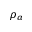
\rho _ { a }